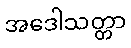
အဒေါသတ္တာ